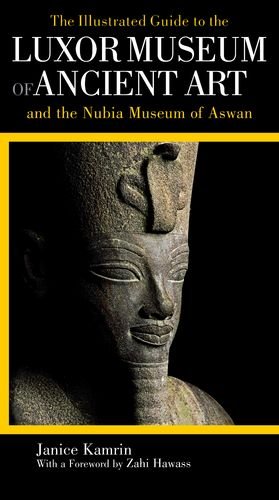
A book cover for The Illustrated Guide to the Luxor Museum of Ancient Art and the Nubia Museum of Aswan: With the Luxor Mummification Museum and the Kom Ombo Crocodile Museum; Janice Kamrin; Travel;